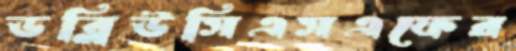
ডব্লিউসিএসএফের